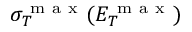
\sigma _ { T } ^ { \mathrm { ~ m ~ a ~ x ~ } } ( E _ { T } ^ { \mathrm { ~ m ~ a ~ x ~ } } )